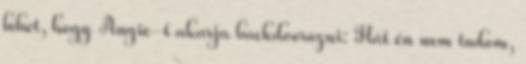
lehet, hogy Angie-t akarja backdoorozni: Hát én nem tudom,